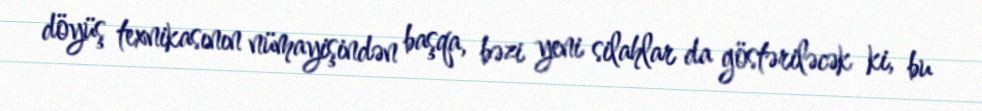
döyüş texnikasının nümayişindən başqa, bəzi yeni silahlar da göstəriləcək ki, bu